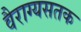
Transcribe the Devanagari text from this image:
वैराग्यसतक